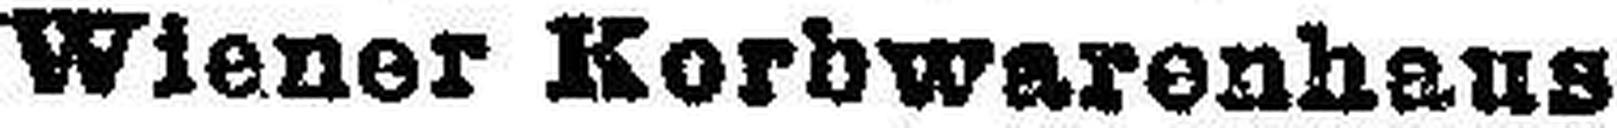
Wiener Korbwarenhaus